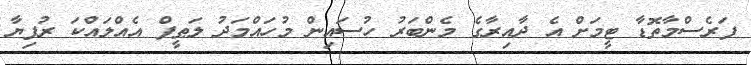
ފަރެސްމާތޮޑާ ޓީމަށް އެ ދާއިރާގެ މެންބަރު ހުސައިން މުހައްމަދު ލަޠީފް އެއްލައްކަ ރުފިޔާ